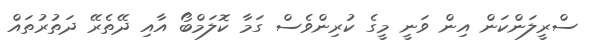
ސްރީލަންކަން އިން ވަނީ މީގެ ކުރިންވެސް ގަމާ ކޮލަމްބޯ އާއި ދޭތެރޭ ދަތުރުތައް